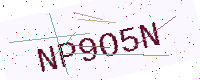
Text: NP9O5N